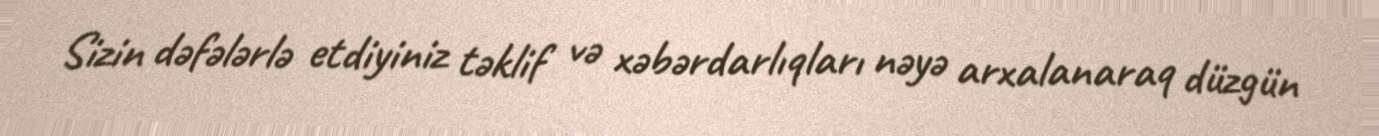
Sizin dəfələrlə etdiyiniz təklif və xəbərdarlıqları nəyə arxalanaraq düzgün